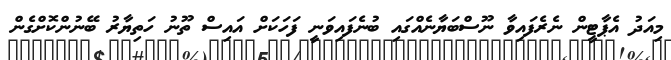
މިއަދު އެޕާޓީން ނެރެފައިވާ ނޫސްބަޔާނެއްގައި ބުނެފައިވަނީ ފަހަކަށް އައިސް ތޫނު ހަތިޔާރު ބޭނުންކޮށްގެން